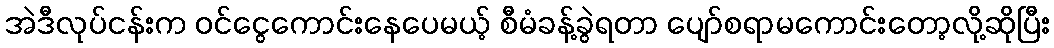
အဲဒီလုပ်ငန်းက ဝင်ငွေကောင်းနေပေမယ့် စီမံခန့်ခွဲရတာ ပျော်စရာမကောင်းတော့လို့ဆိုပြီး